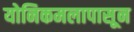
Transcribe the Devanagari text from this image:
योनिकमलापासून